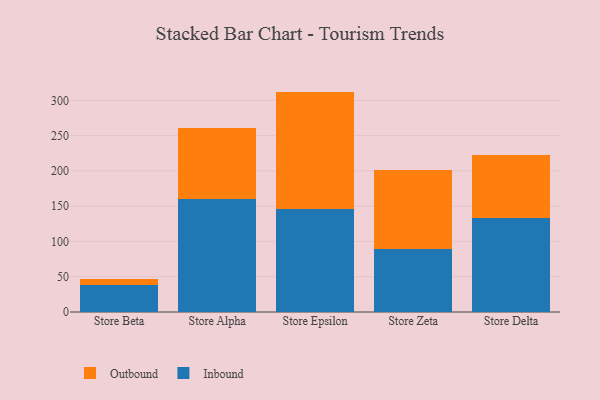
{"axis": {"x": "Store", "y": "Energy Usage (MWh)"}, "legend": ["Inbound", "Outbound"], "data": [{"x": "Store Beta", "y": 38.6, "type": "Inbound"}, {"x": "Store Beta", "y": 8.7, "type": "Outbound"}, {"x": "Store Alpha", "y": 160.1, "type": "Inbound"}, {"x": "Store Alpha", "y": 101.0, "type": "Outbound"}, {"x": "Store Epsilon", "y": 146.3, "type": "Inbound"}, {"x": "Store Epsilon", "y": 166.1, "type": "Outbound"}, {"x": "Store Zeta", "y": 89.1, "type": "Inbound"}, {"x": "Store Zeta", "y": 112.0, "type": "Outbound"}, {"x": "Store Delta", "y": 133.1, "type": "Inbound"}, {"x": "Store Delta", "y": 89.5, "type": "Outbound"}]}